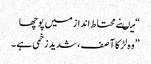
“میںنے محتاط انداز میں پوچھا
” وہ لڑکا آ صف ، شدید زخمی ہے ۔